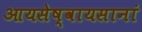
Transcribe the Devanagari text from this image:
आयसेष्वायसानां